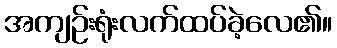
အကျဉ်းရုံးလက်ထပ်ခဲ့လေ၏။